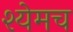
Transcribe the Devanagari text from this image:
श्येमच